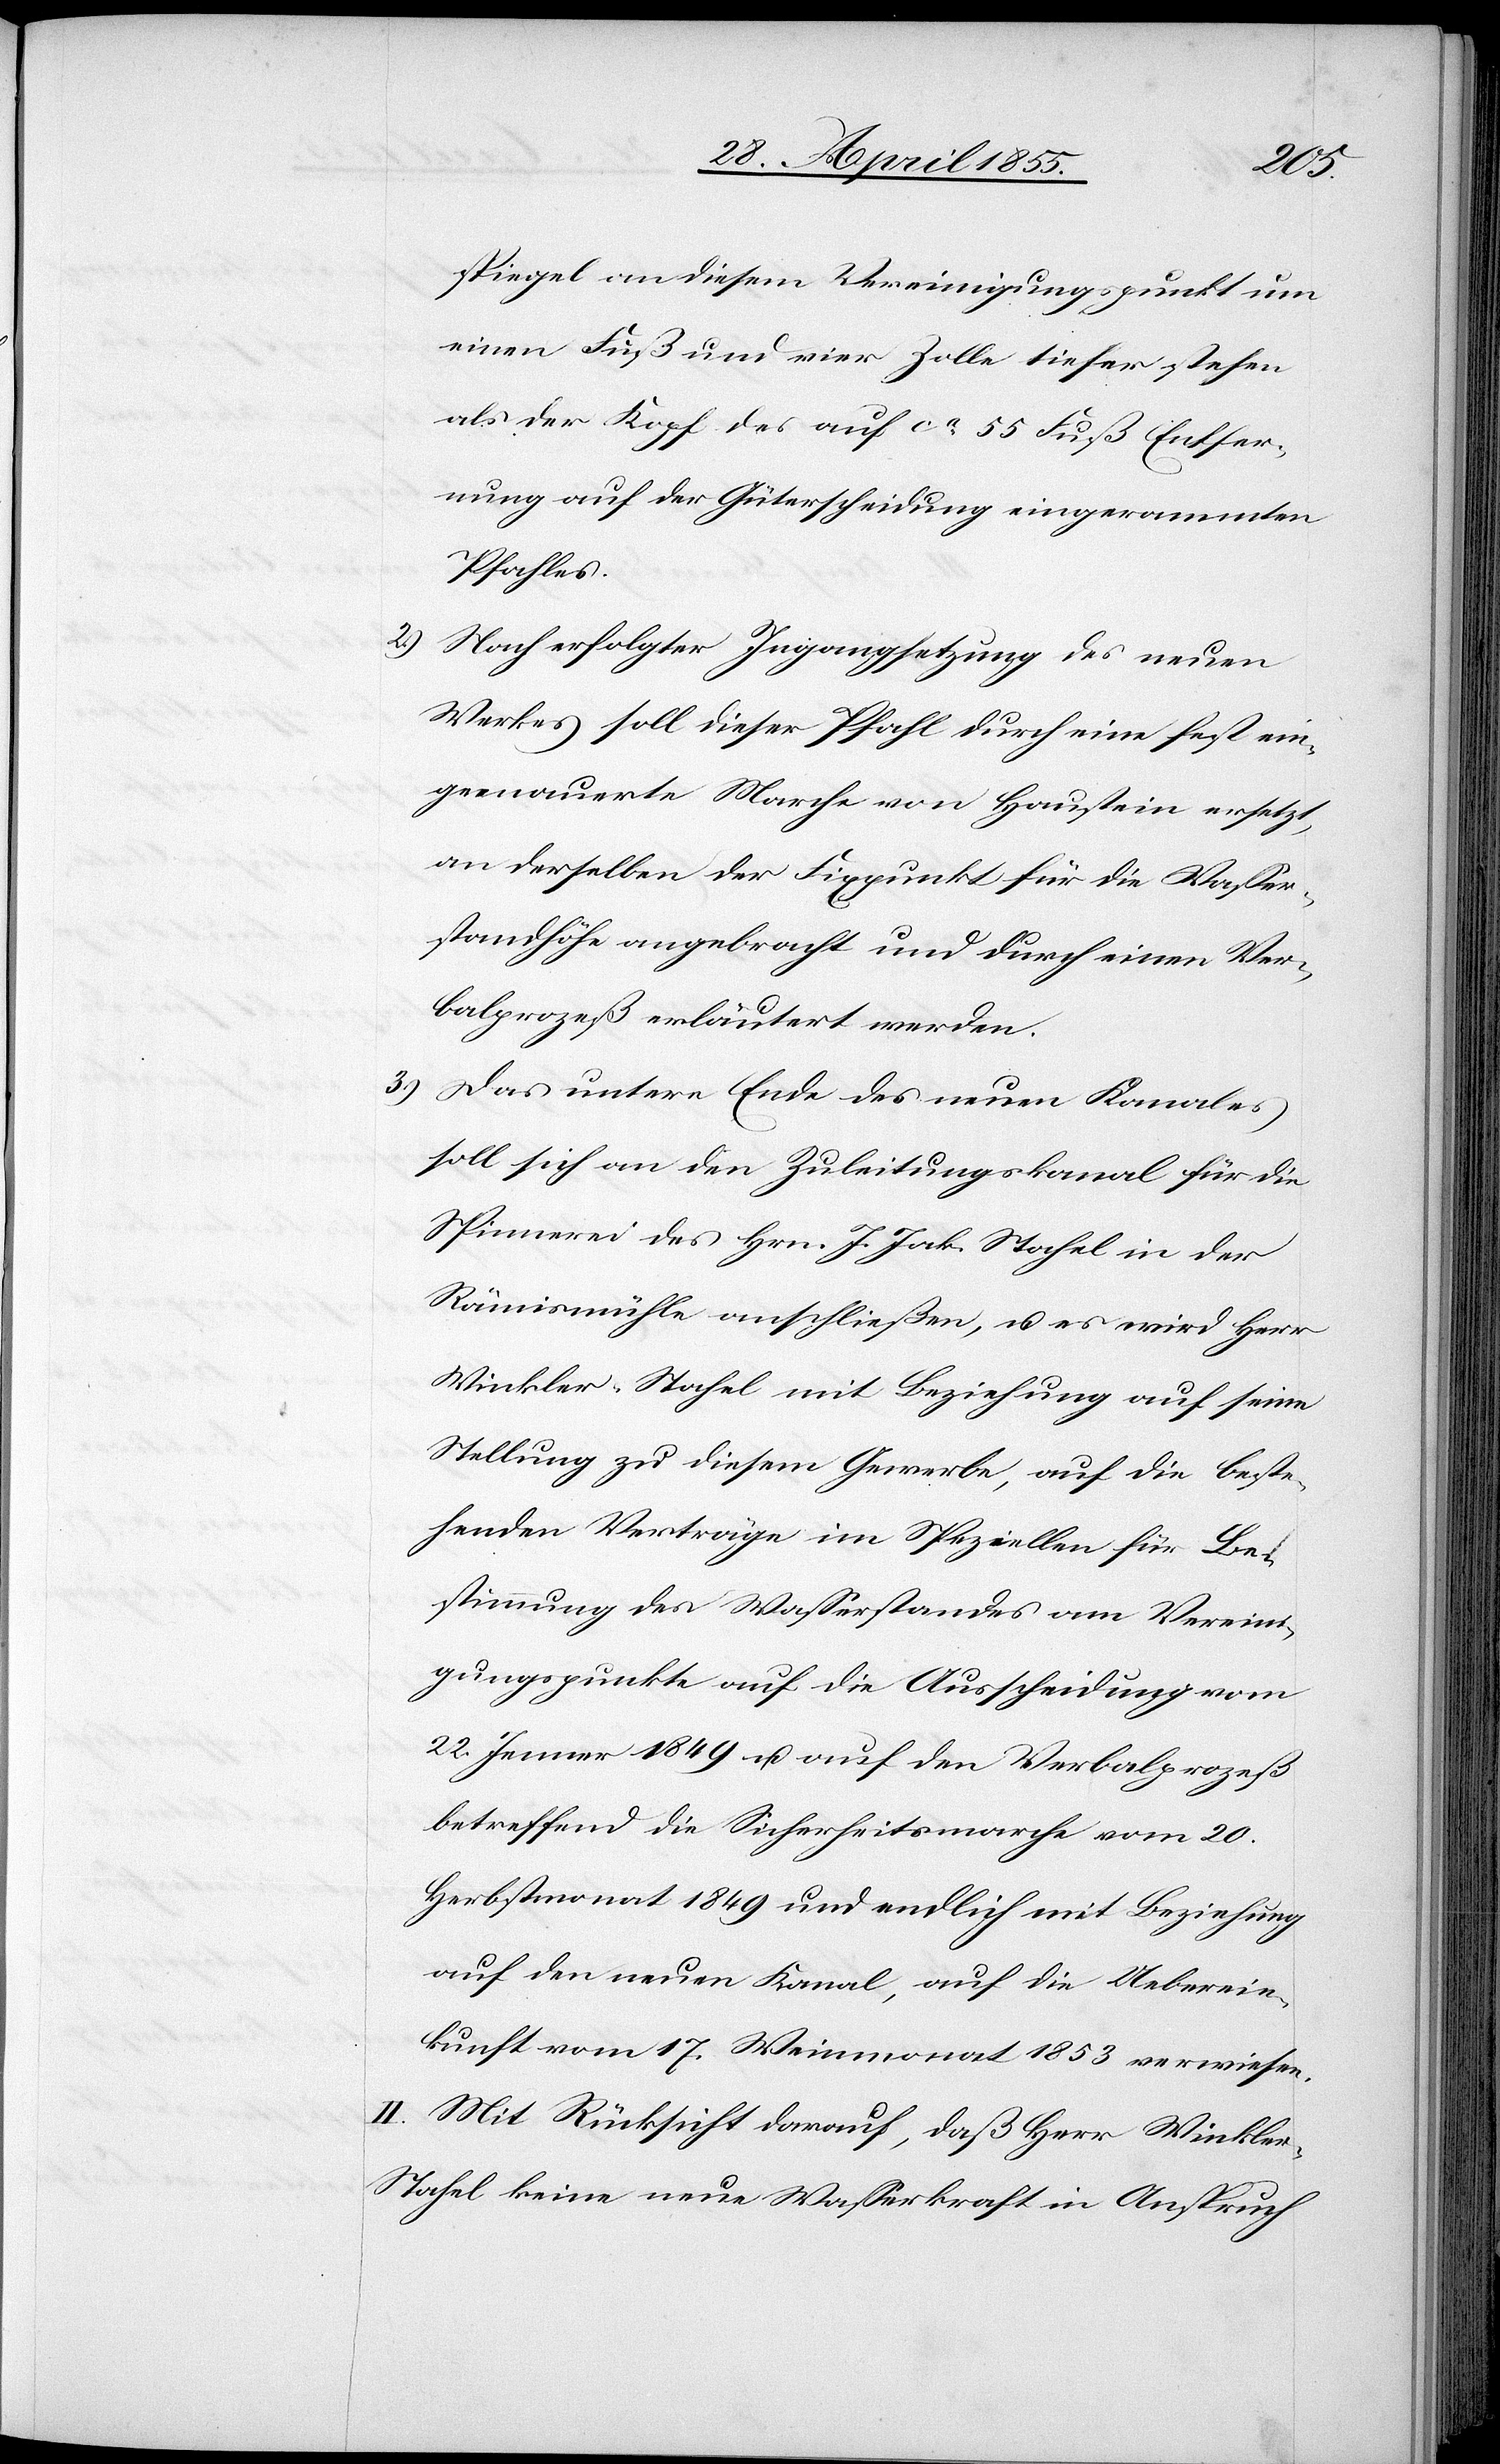
3.)
spiegel an diesem Vereinigungspunkt um
einen Fuß und vier Zolle tiefer stehen
als der Kopf des auf ca. 55 Fuß Entfer¬
nung auf der Güterscheidung eingerammten
Pfahles.
Nach erfolgter Ingangsetzung des neuen
Werkes soll dieser Pfahl durch eine fest ein¬
gemauerte Marche von Haustein ersetzt,
an derselben der Fixpunkt für die Wasser¬
standhöhe angebracht und durch einen Ver¬
balprozeß erläutert werden.
Das untere Ende des neuen Kanales
soll sich an den Zuleitungskanal für die
Spinnerei des Hrn. J. Jak. Stahel in der
Rämismühle anschließen, u. es wird Herr
Winkler-Stahel mit Beziehung auf seine
Stellung zu diesem Gewerbe, auf die beste¬
henden Verträge im Speziellen für Be¬
stimmung des Wasserstandes am Vereini¬
gungspunkte auf die Ausscheidung vom
22. Jenner 1849 u. auf den Verbalprozeß
betreffend die Sicherheitsmarche vom 20.
Herbstmonat 1849 und endlich mit Beziehung
auf den neuen Kanal, auf die Ueberein¬
kunft vom 17. Weinmonat 1853 verwiesen.
II. Mit Rücksicht darauf, daß Herr Winkle¬
r-Stahel keine neue Wasserkraft in Anspruch